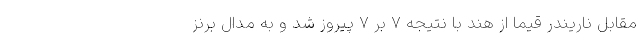
مقابل ناریندر قیما از هند با نتیجه ۷ بر ۷ پیروز شد و به مدال برنز